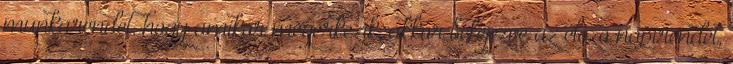
munkarendet, hogy amikor megérkezik, akkor befejezve az előző napirendet,